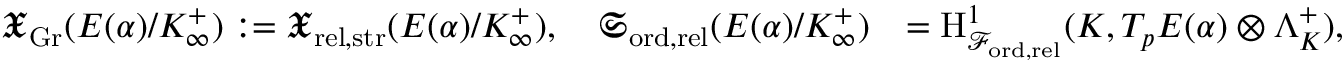
\begin{array} { r l } { \mathfrak { X } _ { \mathrm { G r } } ( E ( \alpha ) / K _ { \infty } ^ { + } ) : = \mathfrak { X } _ { \mathrm { r e l , \mathrm { s t r } } } ( E ( \alpha ) / K _ { \infty } ^ { + } ) , \quad \mathfrak { S } _ { \mathrm { o r d , \mathrm { r e l } } } ( E ( \alpha ) / K _ { \infty } ^ { + } ) } & { = \mathrm { H } _ { \mathcal { F } _ { \mathrm { o r d , \mathrm { r e l } } } } ^ { 1 } ( K , T _ { p } E ( \alpha ) \otimes \Lambda _ { K } ^ { + } ) , } \end{array}